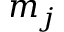
m _ { j }